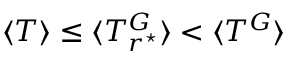
\langle T \rangle \leq \langle T _ { r ^ { \star } } ^ { G } \rangle < \langle T ^ { G } \rangle